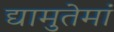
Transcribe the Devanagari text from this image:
द्यामुतेमां